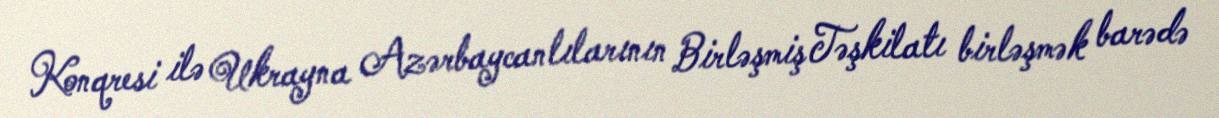
Konqresi ilə Ukrayna Azərbaycanlılarının Birləşmiş Təşkilatı birləşmək barədə